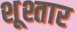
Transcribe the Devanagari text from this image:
शूश्तार